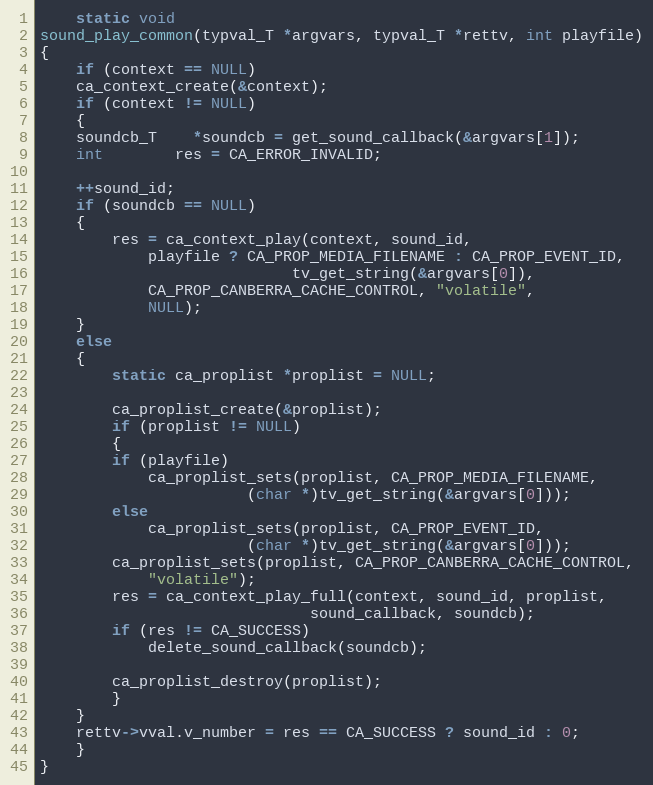
Language: C
    static void
sound_play_common(typval_T *argvars, typval_T *rettv, int playfile)
{
    if (context == NULL)
	ca_context_create(&context);
    if (context != NULL)
    {
	soundcb_T	*soundcb = get_sound_callback(&argvars[1]);
	int		res = CA_ERROR_INVALID;

	++sound_id;
	if (soundcb == NULL)
	{
	    res = ca_context_play(context, sound_id,
		    playfile ? CA_PROP_MEDIA_FILENAME : CA_PROP_EVENT_ID,
						    tv_get_string(&argvars[0]),
		    CA_PROP_CANBERRA_CACHE_CONTROL, "volatile",
		    NULL);
	}
	else
	{
	    static ca_proplist *proplist = NULL;

	    ca_proplist_create(&proplist);
	    if (proplist != NULL)
	    {
		if (playfile)
		    ca_proplist_sets(proplist, CA_PROP_MEDIA_FILENAME,
					   (char *)tv_get_string(&argvars[0]));
		else
		    ca_proplist_sets(proplist, CA_PROP_EVENT_ID,
					   (char *)tv_get_string(&argvars[0]));
		ca_proplist_sets(proplist, CA_PROP_CANBERRA_CACHE_CONTROL,
			"volatile");
		res = ca_context_play_full(context, sound_id, proplist,
						      sound_callback, soundcb);
		if (res != CA_SUCCESS)
		    delete_sound_callback(soundcb);

		ca_proplist_destroy(proplist);
	    }
	}
	rettv->vval.v_number = res == CA_SUCCESS ? sound_id : 0;
    }
}